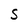
Character: S